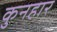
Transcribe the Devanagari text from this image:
कुनहार